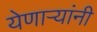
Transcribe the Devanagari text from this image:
येणार्‍यांनी